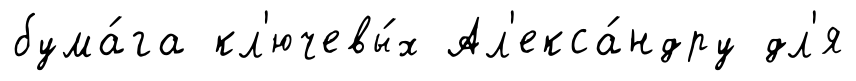
бума́га кл'ючевы́х Ал'екса́ндру дл'я